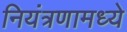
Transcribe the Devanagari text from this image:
नियंत्रणामध्ये